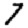
Digit: 7